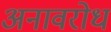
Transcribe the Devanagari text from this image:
अनावरोध